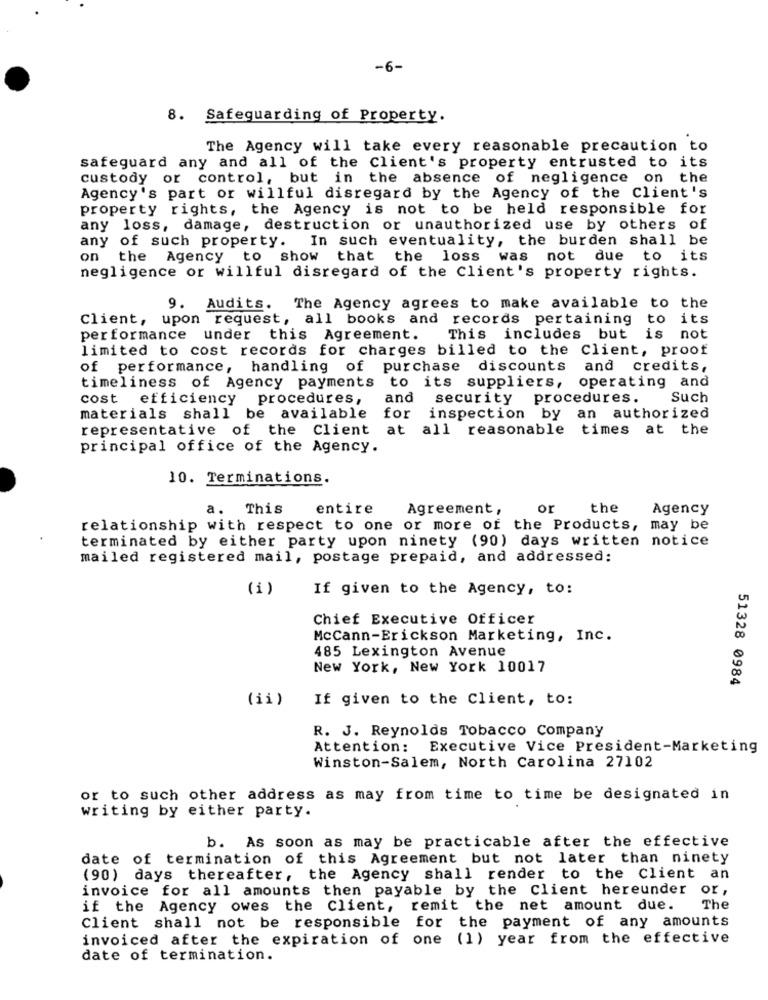
-6-
8. Safeguarding of Property.
The Agency will take every reasonable precaution to
safeguard any and all of the Client's property entrusted to its
custody or control, but in the absence of negligence on the
Agency's part or willful disregard by the Agency of the Client's
property rights, the Agency is not to be held responsible for
any loss, damage, destruction or unauthorized use by others of
any of such property. In such eventuality, the burden shall be
on the Agency to show that
the
loss
was not due to its
negligence or willful disregard of the Client's property rights.
9. Audits. The Agency agrees to make available to the
Client, upon request, all books and records pertaining
to
its
performance under this Agreement.
This includes but is
not
limited to cost records for charges billed to the Client, proof
of performance, handling of purchase
discounts
and credits,
timeliness of Agency payments to its suppliers, operating and
cost efficiency procedures,
and
security procedures.
Such
materials shall be available
for
inspection by an authorized
representative of the Client
at all reasonable times at the
principal office of the Agency.
10. Terminations.
a. This
entire
Agreement,
or
the
Agency
relationship with respect to one or more of the Products, may be
terminated by either party upon ninety (90) days written notice
mailed registered mail, postage prepaid, and addressed:
(1)
If given to the Agency, to:
Chief Executive Officer
McCann-Erickson Marketing, Inc.
485 Lexington Avenue
New York, New York 10017
51328 0984
(ii)
If given to the Client, to:
R. J. Reynolds Tobacco Company
Attention: Executive Vice President-Marketing
Winston-Salem, North Carolina 27102
or to such other address as may from time to time be designated in
writing by either party.
b. As soon as may be practicable after the effective
date of termination of this Agreement but not later than ninety
(90) days thereafter, the Agency shall render to the Client an
invoice for all amounts then payable by the Client hereunder or,
if the Agency owes the Client, remit the net amount due.
The
Client shall not be responsible for the payment of any amounts
invoiced after the expiration of one (1) year from the effective
date of termination.